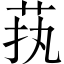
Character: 𱽜